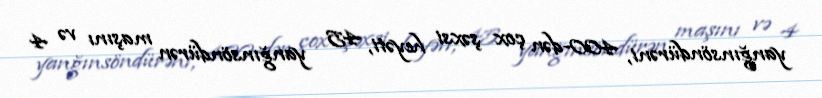
yanğınsöndürəni, 400-dən çox şəxsi heyəti, 45 yanğınsöndürən maşını və 4